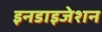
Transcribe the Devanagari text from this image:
इनडाइजेशन